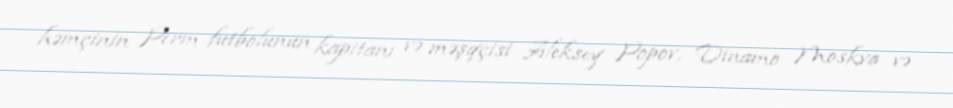
həmçinin Perm futbolunun kapitanı və məşqçisi Aleksey Popov, Dinamo Moskva və